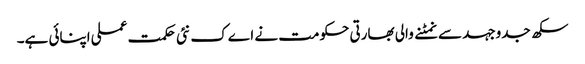
سکھ جدوجہد سے نمٹنے والی بھارتی حکومت نے اےک نئی حکمت عملی اپنائی ہے۔